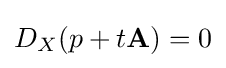
D_{X}(p+t\mathbf {A} )=0